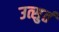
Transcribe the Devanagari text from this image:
उत्सुर्त